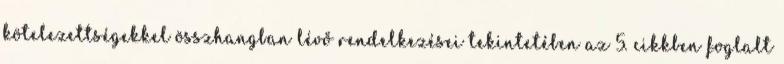
kötelezettségekkel összhangban lévő rendelkezései tekintetében az 5. cikkben foglalt